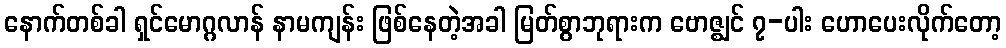
နောက်တစ်ခါ ရှင်မောဂ္ဂလာန် နာမကျန်း ဖြစ်နေတဲ့အခါ မြတ်စွာဘုရားက ဗောဇ္ဈင် ၇-ပါး ဟောပေးလိုက်တော့